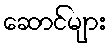
ဆောင်များ